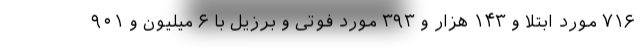
۷۱۶ مورد ابتلا و ۱۴۳ هزار و ۳۹۳ مورد فوتی و برزیل با ۶ میلیون و ۹۰۱